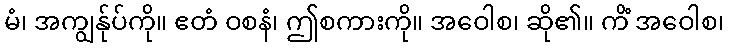
မံ၊ အကျွန်ုပ်ကို။ ဧတံ ဝစနံ၊ ဤစကားကို။ အဝေါစ၊ ဆို၏။ ကိံ အဝေါစ၊